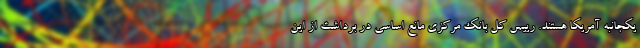
یکجانبه آمریکا هستند. رییس کل بانک مرکزی مانع اساسی در برداشت از این